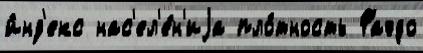
и́нд'екс нас'ел'е́н'иjа пло́тность Фаэдо